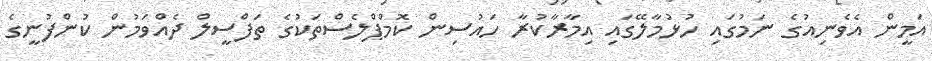
އަމީން އެވެނިއުގެ ނަމުގައި ހުޅުމާލޭގައި އިމާރާކުރާ ހައުސިން ކޮމްޕްލެސްތަކުގެ ތަފްސީލް ދެއްވަމުން ކުންފުނީގެ